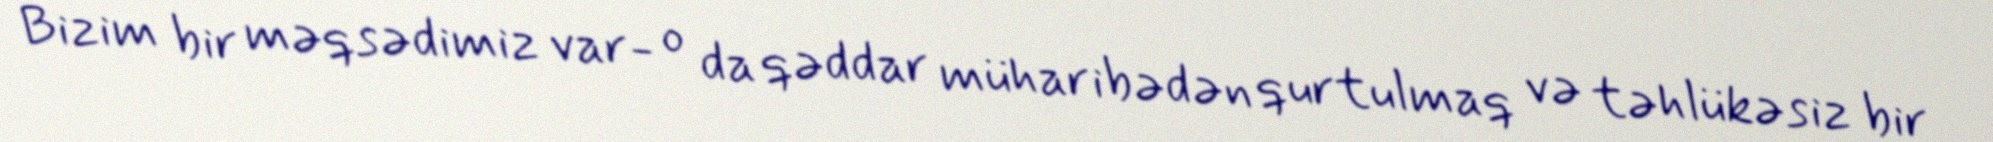
Bizim bir məqsədimiz var- o da qəddar müharibədən qurtulmaq və təhlükəsiz bir